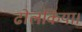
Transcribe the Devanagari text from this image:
ढोलकिया।